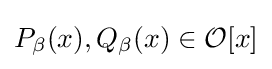
P_{\beta }(x),Q_{\beta }(x)\in {\mathcal {O}}[x]